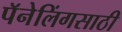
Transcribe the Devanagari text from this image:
पॅनेलिंगसाठी